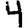
Digit: 4